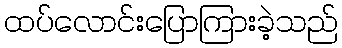
ထပ်လောင်းပြောကြားခဲ့သည်